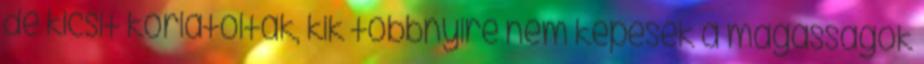
de kicsit korlátoltak, kik többnyire nem képesek a magasságok